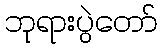
ဘုရားပွဲတော်